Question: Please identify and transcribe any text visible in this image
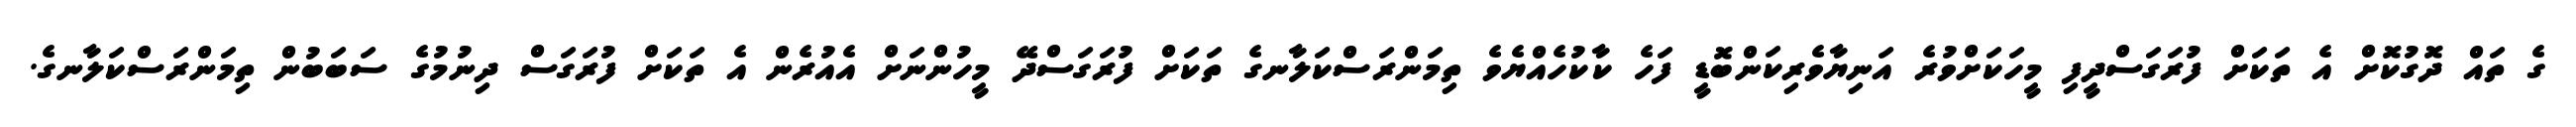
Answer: ގެ ތައް ދޮގުކޮށް އެ ތަކަށް ފުރަގަސްދީފި މީހަކަށްވުރެ އަނިޔާވެރިކަންބޮޑީ ފަހެ ކާކުހެއްޔެވެ ތިމަންރަސްކަލާނގެ ތަކަށް ފުރަގަސްދޭ މީހުންނަށް އެއުރެން އެ ތަކަށް ފުރަގަސް ދިނުމުގެ ސަބަބުން ތިމަންރަސްކަލާނގެ.